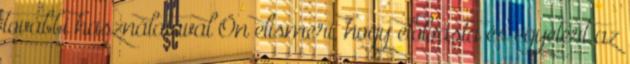
további használatával Ön elismeri, hogy elolvasta és egyetért az